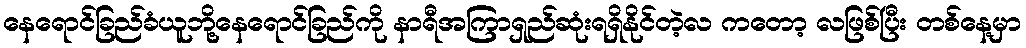
နေရောင်ခြည်ခံယူဘို့နေရောင်ခြည်ကို နာရီအကြာရှည်ဆုံးရရှိနိုင်တဲ့လ ကတော့ လဖြစ်ပြီး တစ်နေ့မှာ